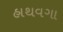
હાથવગા